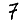
Digit: 7